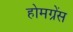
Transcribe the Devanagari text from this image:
होमग्रेंस